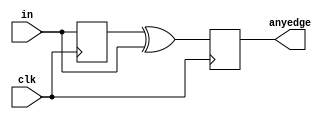
module top_module (
    input clk,
    input [7:0] in,
    output reg[7:0] anyedge
);
   reg [7:0] temp;
   initial begin
       temp = 'h00;
   end
   always @(posedge clk) begin
       temp <= in;
       anyedge <= temp ^ in;
   end
endmodule